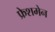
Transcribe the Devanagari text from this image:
फ्रेशमेन